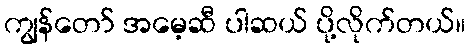
ကျွန်တော် အမေ့ဆီ ပါဆယ် ပို့လိုက်တယ်။